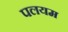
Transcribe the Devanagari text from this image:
पलयम